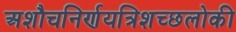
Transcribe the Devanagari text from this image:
अशौचनिर्णयत्रिशच्छलोकी